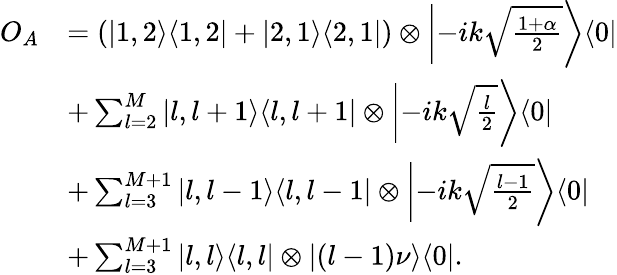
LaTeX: \begin{array}{rl}{O_{A}}&{=\left(|1,2\rangle\langle 1,2|+|2,1\rangle\langle 2,1|\right)\otimes\left|-ik\sqrt{\frac{1+\alpha}{2}}\right\rangle\langle 0|}\\ &{+\sum_{l=2}^{M}|l,l+1\rangle\langle l,l+1|\otimes\left|-ik\sqrt{\frac{l}{2}}\right\rangle\langle 0|}\\ &{+\sum_{l=3}^{M+1}|l,l-1\rangle\langle l,l-1|\otimes\left|-ik\sqrt{\frac{l-1}{2}}\right\rangle\langle 0|}\\ &{+\sum_{l=3}^{M+1}|l,l\rangle\langle l,l|\otimes|(l-1)\nu\rangle\langle 0|.}\end{array}